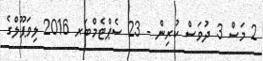
2 މަސް 3 ދުވަސް ކުރިން - 23 ސެޕްޓެމްބަރ 2016 ލިވަޕޫލްގެ